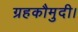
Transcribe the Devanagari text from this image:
ग्रहकौमुदी।